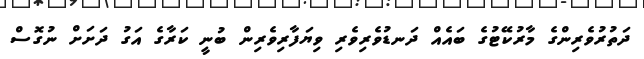
ދަތުރުވެރިންގެ މާރުކޭޓުގެ ބައެއް ދަނޑުވެރިވެރި ވިޔަފާރިވެރިން ބުނީ ކަރާގެ އަގު ދަށަށް ނުގޮސް